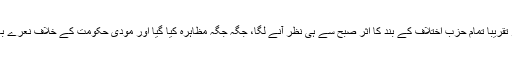
کانگریس اور تقریباً تمام حزب اختلاف کے بند کا اثر صبح سے ہی نظر آنے لگا، جگہ جگہ مظاہرہ کیا گیا اور مودی حکومت کے خلاف نعرے بازی کی گئی۔